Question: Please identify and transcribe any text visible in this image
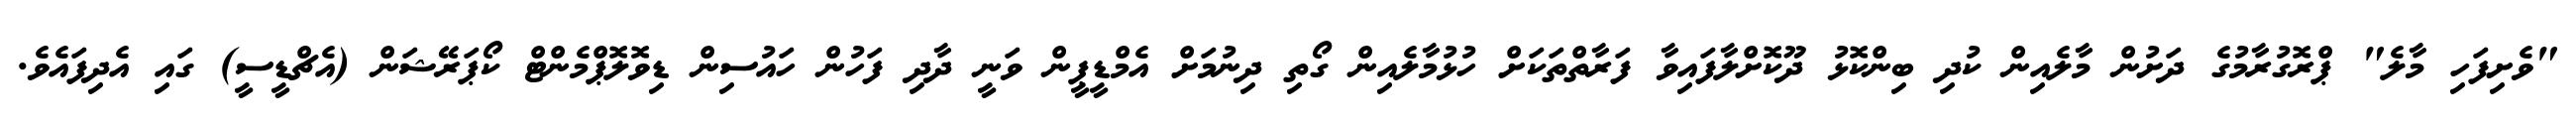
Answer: "ވެށިފަހި މާލެ" ޕްރޮގުރާމުގެ ދަށުން މާލެއިން ކުދި ބިންކޮޅު ދޫކޮށްލާފައިވާ ފަރާތްތަކަށް ހުޅުމާލެއިން ގޯތި ދިނުމަށް އެމްޑީޕީން ވަނީ ދާދި ފަހުން ހައުސިން ޑިވޮލޮޕްމެންޓް ކޯޕަރޭޝަން (އެޗްޑީސީ) ގައި އެދިފައެވެ.